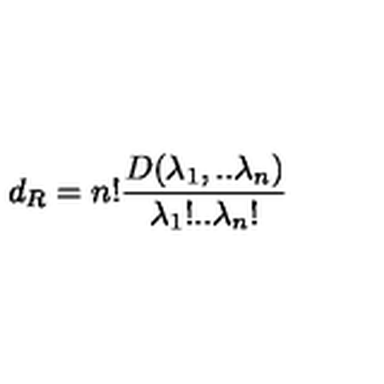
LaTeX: d _ { R } = n ! \frac { D ( \lambda _ { 1 } , . . \lambda _ { n } ) } { \lambda _ { 1 } ! . . \lambda _ { n } ! }